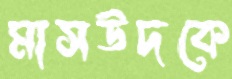
মাসউদকে